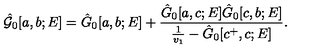
\hat { { \cal G } } _ { 0 } [ a , b ; E ] = \hat { G } _ { 0 } [ a , b ; E ] + \frac { \hat { G } _ { 0 } [ a , c ; E ] \hat { G } _ { 0 } [ c , b ; E ] } { \frac { 1 } { v _ { 1 } } - \hat { G } _ { 0 } [ c ^ { + } , c ; E ] } .